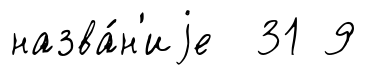
назва́н'иjе 31 9